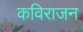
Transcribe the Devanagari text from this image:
कविराजन